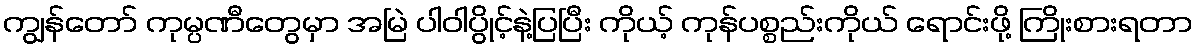
ကျွန်တော် ကုမ္ပဏီတွေမှာ အမြဲ ပါဝါပွိုင့်နဲ့ပြပြီး ကိုယ့် ကုန်ပစ္စည်းကိုယ် ရောင်းဖို့ ကြိုးစားရတာ